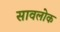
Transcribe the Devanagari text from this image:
सावलोक